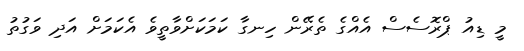
މީ ޑިއު ޕްރޮސެސް އެއްގެ ތެރޭން ހިނގާ ކަމަކަށްވާތީވެ އެކަމަށް އަދި ވަގުތު